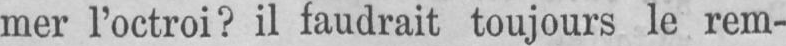
mer l’octroi? il faudrait toujours le rem-